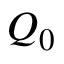
Q _ { 0 }